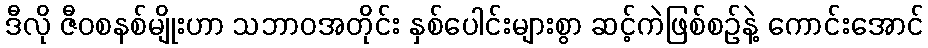
ဒီလို ဇီဝစနစ်မျိုးဟာ သဘာဝအတိုင်း နှစ်ပေါင်းများစွာ ဆင့်ကဲဖြစ်စဉ်နဲ့ ကောင်းအောင်